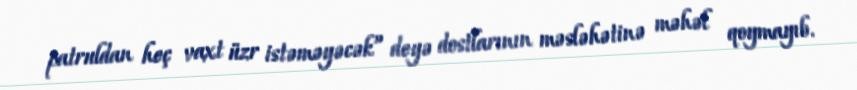
patruldan heç vaxt üzr istəməyəcək” deyə dostlarının məsləhətinə məhəl qoymayıb.